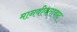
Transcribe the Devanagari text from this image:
मानवीयतावाद